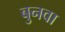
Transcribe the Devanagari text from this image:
बुनवा